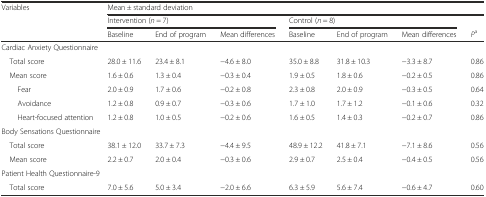
<table><thead><tr><td rowspan="2"><b>Variables</b></td><td colspan="7"><b>Mean ± standard deviation</b></td></tr><tr><td colspan="3"><b>Intervention (<i>n</i> = 7)</b></td><td colspan="3"><b>Control (<i>n</i> = 8)</b></td><td></td></tr><tr><td></td><td><b>Baseline</b></td><td><b>End of program</b></td><td><b>Mean differences</b></td><td><b>Baseline</b></td><td><b>End of program</b></td><td><b>Mean differences</b></td><td><b><i>P</i><sup>a</sup></b></td></tr></thead><tbody><tr><td colspan="8">Cardiac Anxiety Questionnaire</td></tr><tr><td> Total score</td><td>28.0 ± 11.6</td><td>23.4 ± 8.1</td><td>−4.6 ± 8.0</td><td>35.0 ± 8.8</td><td>31.8 ± 10.3</td><td>−3.3 ± 8.7</td><td>0.86</td></tr><tr><td> Mean score</td><td>1.6 ± 0.6</td><td>1.3 ± 0.4</td><td>−0.3 ± 0.4</td><td>1.9 ± 0.5</td><td>1.8 ± 0.6</td><td>−0.2 ± 0.5</td><td>0.86</td></tr><tr><td>Fear</td><td>2.0 ± 0.9</td><td>1.7 ± 0.6</td><td>−0.2 ± 0.8</td><td>2.3 ± 0.8</td><td>2.0 ± 0.9</td><td>−0.3 ± 0.5</td><td>0.64</td></tr><tr><td>Avoidance</td><td>1.2 ± 0.8</td><td>0.9 ± 0.7</td><td>−0.3 ± 0.6</td><td>1.7 ± 1.0</td><td>1.7 ± 1.2</td><td>−0.1 ± 0.6</td><td>0.32</td></tr><tr><td>Heart-focused attention</td><td>1.2 ± 0.8</td><td>1.0 ± 0.5</td><td>−0.2 ± 0.6</td><td>1.6 ± 0.5</td><td>1.4 ± 0.3</td><td>−0.2 ± 0.7</td><td>0.86</td></tr><tr><td colspan="8">Body Sensations Questionnaire</td></tr><tr><td> Total score</td><td>38.1 ± 12.0</td><td>33.7 ± 7.3</td><td>−4.4 ± 9.5</td><td>48.9 ± 12.2</td><td>41.8 ± 7.1</td><td>−7.1 ± 8.6</td><td>0.56</td></tr><tr><td> Mean score</td><td>2.2 ± 0.7</td><td>2.0 ± 0.4</td><td>−0.3 ± 0.6</td><td>2.9 ± 0.7</td><td>2.5 ± 0.4</td><td>−0.4 ± 0.5</td><td>0.56</td></tr><tr><td colspan="8">Patient Health Questionnaire-9</td></tr><tr><td> Total score</td><td>7.0 ± 5.6</td><td>5.0 ± 3.4</td><td>−2.0 ± 6.6</td><td>6.3 ± 5.9</td><td>5.6 ± 7.4</td><td>−0.6 ± 4.7</td><td>0.60</td></tr></tbody></table>